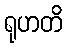
ရုဟတိ